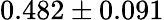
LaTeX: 0.482\pm 0.091